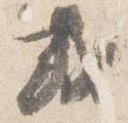
或